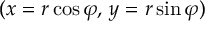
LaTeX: ( x = r \cos \varphi , \, y = r \sin \varphi )